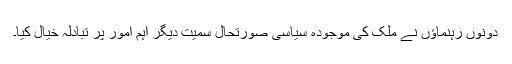
دونوں رہنماؤں نے ملک کی موجودہ سیاسی صورتحال سمیت دیگر اہم امور پر تبادلہ خیال کیا۔